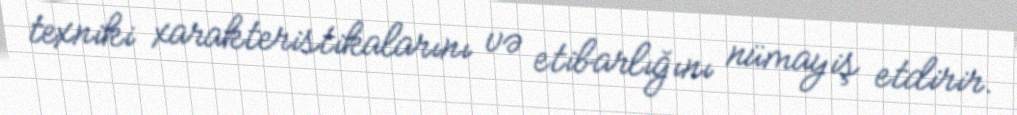
texniki xarakteristikalarını və etibarlığını nümayiş etdirir.